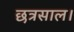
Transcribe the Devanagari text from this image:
छत्रसाल।